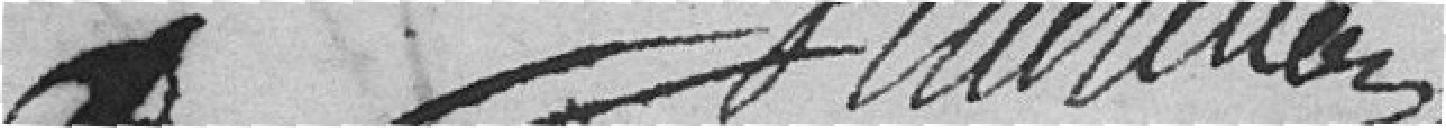
VATILLLON